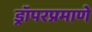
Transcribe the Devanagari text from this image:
ड्रॉपरप्रमाणे